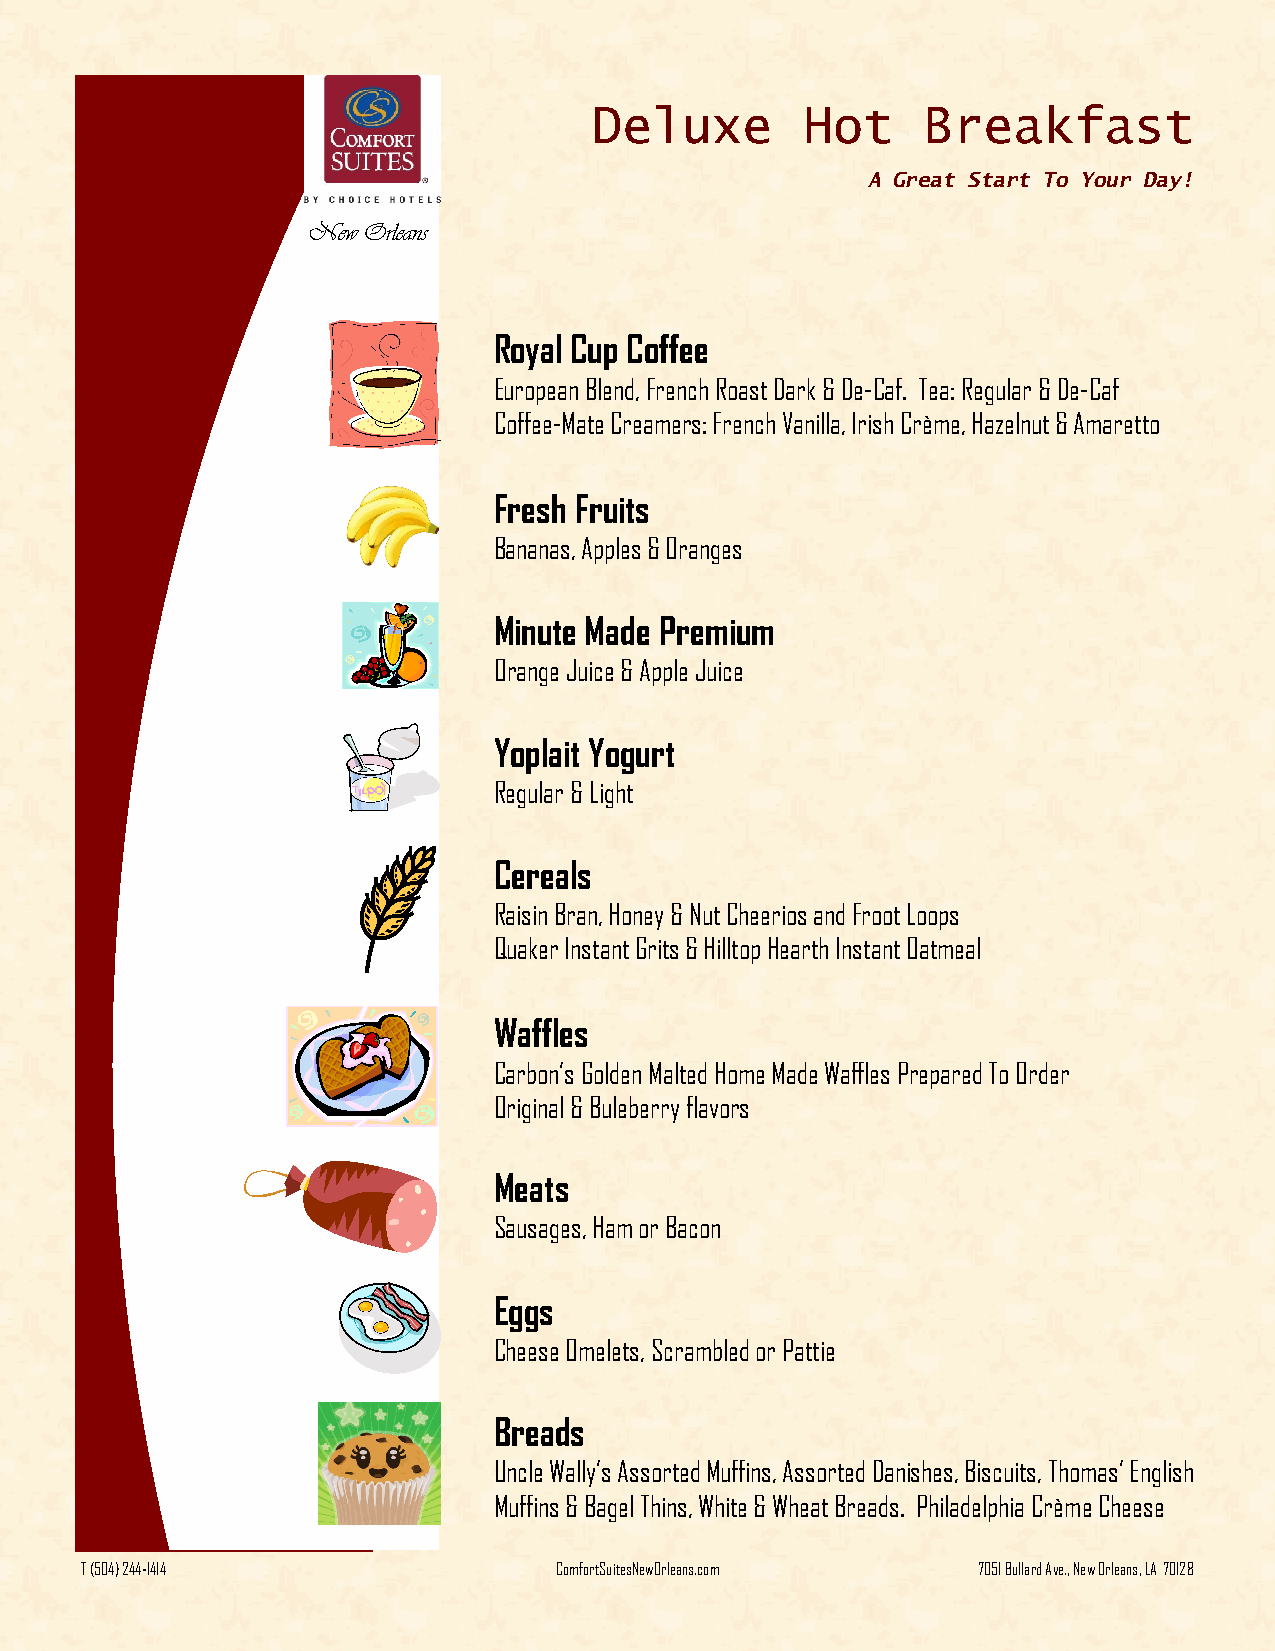
Deluxe        Hot     Breakfast
 A Great Start To Your Day!
 New Orleans
 Royal Cup Coffee
 European Blend, French Roast Dark & De-Caf. Tea: Regular & De-Caf
 Coffee-Mate Creamers: French Vanilla, Irish Crème, Hazelnut & Amaretto
 Fresh Fruits
 Bananas, Apples & Oranges
 Minute Made Premium
 Orange Juice & Apple Juice
 Yoplait Yogurt
 Regular & Light
 Cereals
 Raisin Bran, Honey & Nut Cheerios and Froot Loops
 Quaker Instant Grits & Hilltop Hearth Instant Oatmeal
 Waffles
 Carbon’s Golden Malted Home Made Waffles Prepared To Order
 Original & Buleberry flavors
 Meats
 Sausages, Ham or Bacon
 Eggs
 Cheese Omelets, Scrambled or Pattie
 Breads
 Uncle Wally’s Assorted Muffins, Assorted Danishes, Biscuits, Thomas’ English
 Muffins & Bagel Thins, White & Wheat Breads. Philadelphia Crème Cheese
 T (504) 244-1414                ComfortSuitesNewOrleans.com 7051 Bullard Ave., New Orleans, LA 70128